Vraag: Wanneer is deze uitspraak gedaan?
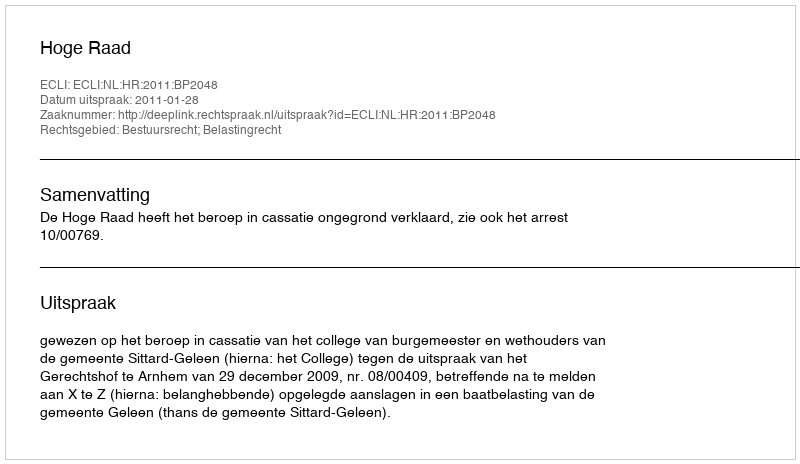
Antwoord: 2011-01-28